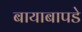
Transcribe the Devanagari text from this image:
बायाबापडे